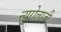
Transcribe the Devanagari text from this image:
न्यूरोलाजी